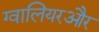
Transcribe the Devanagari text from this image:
ग्वालियरऔर